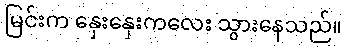
မြင်းက နှေးနှေးကလေး သွားနေသည်။